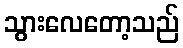
သွားလေတော့သည်